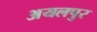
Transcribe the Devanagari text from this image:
अयलपुर